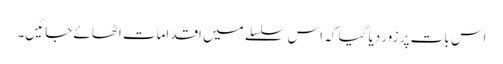
اس بات پر زور دیا گیا کہ اس سلسلے میں اقدامات اٹھائے جائیں۔